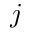
\boldsymbol { j }